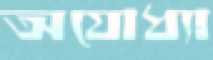
অযোধ্যা